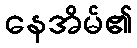
နေအိမ်၏